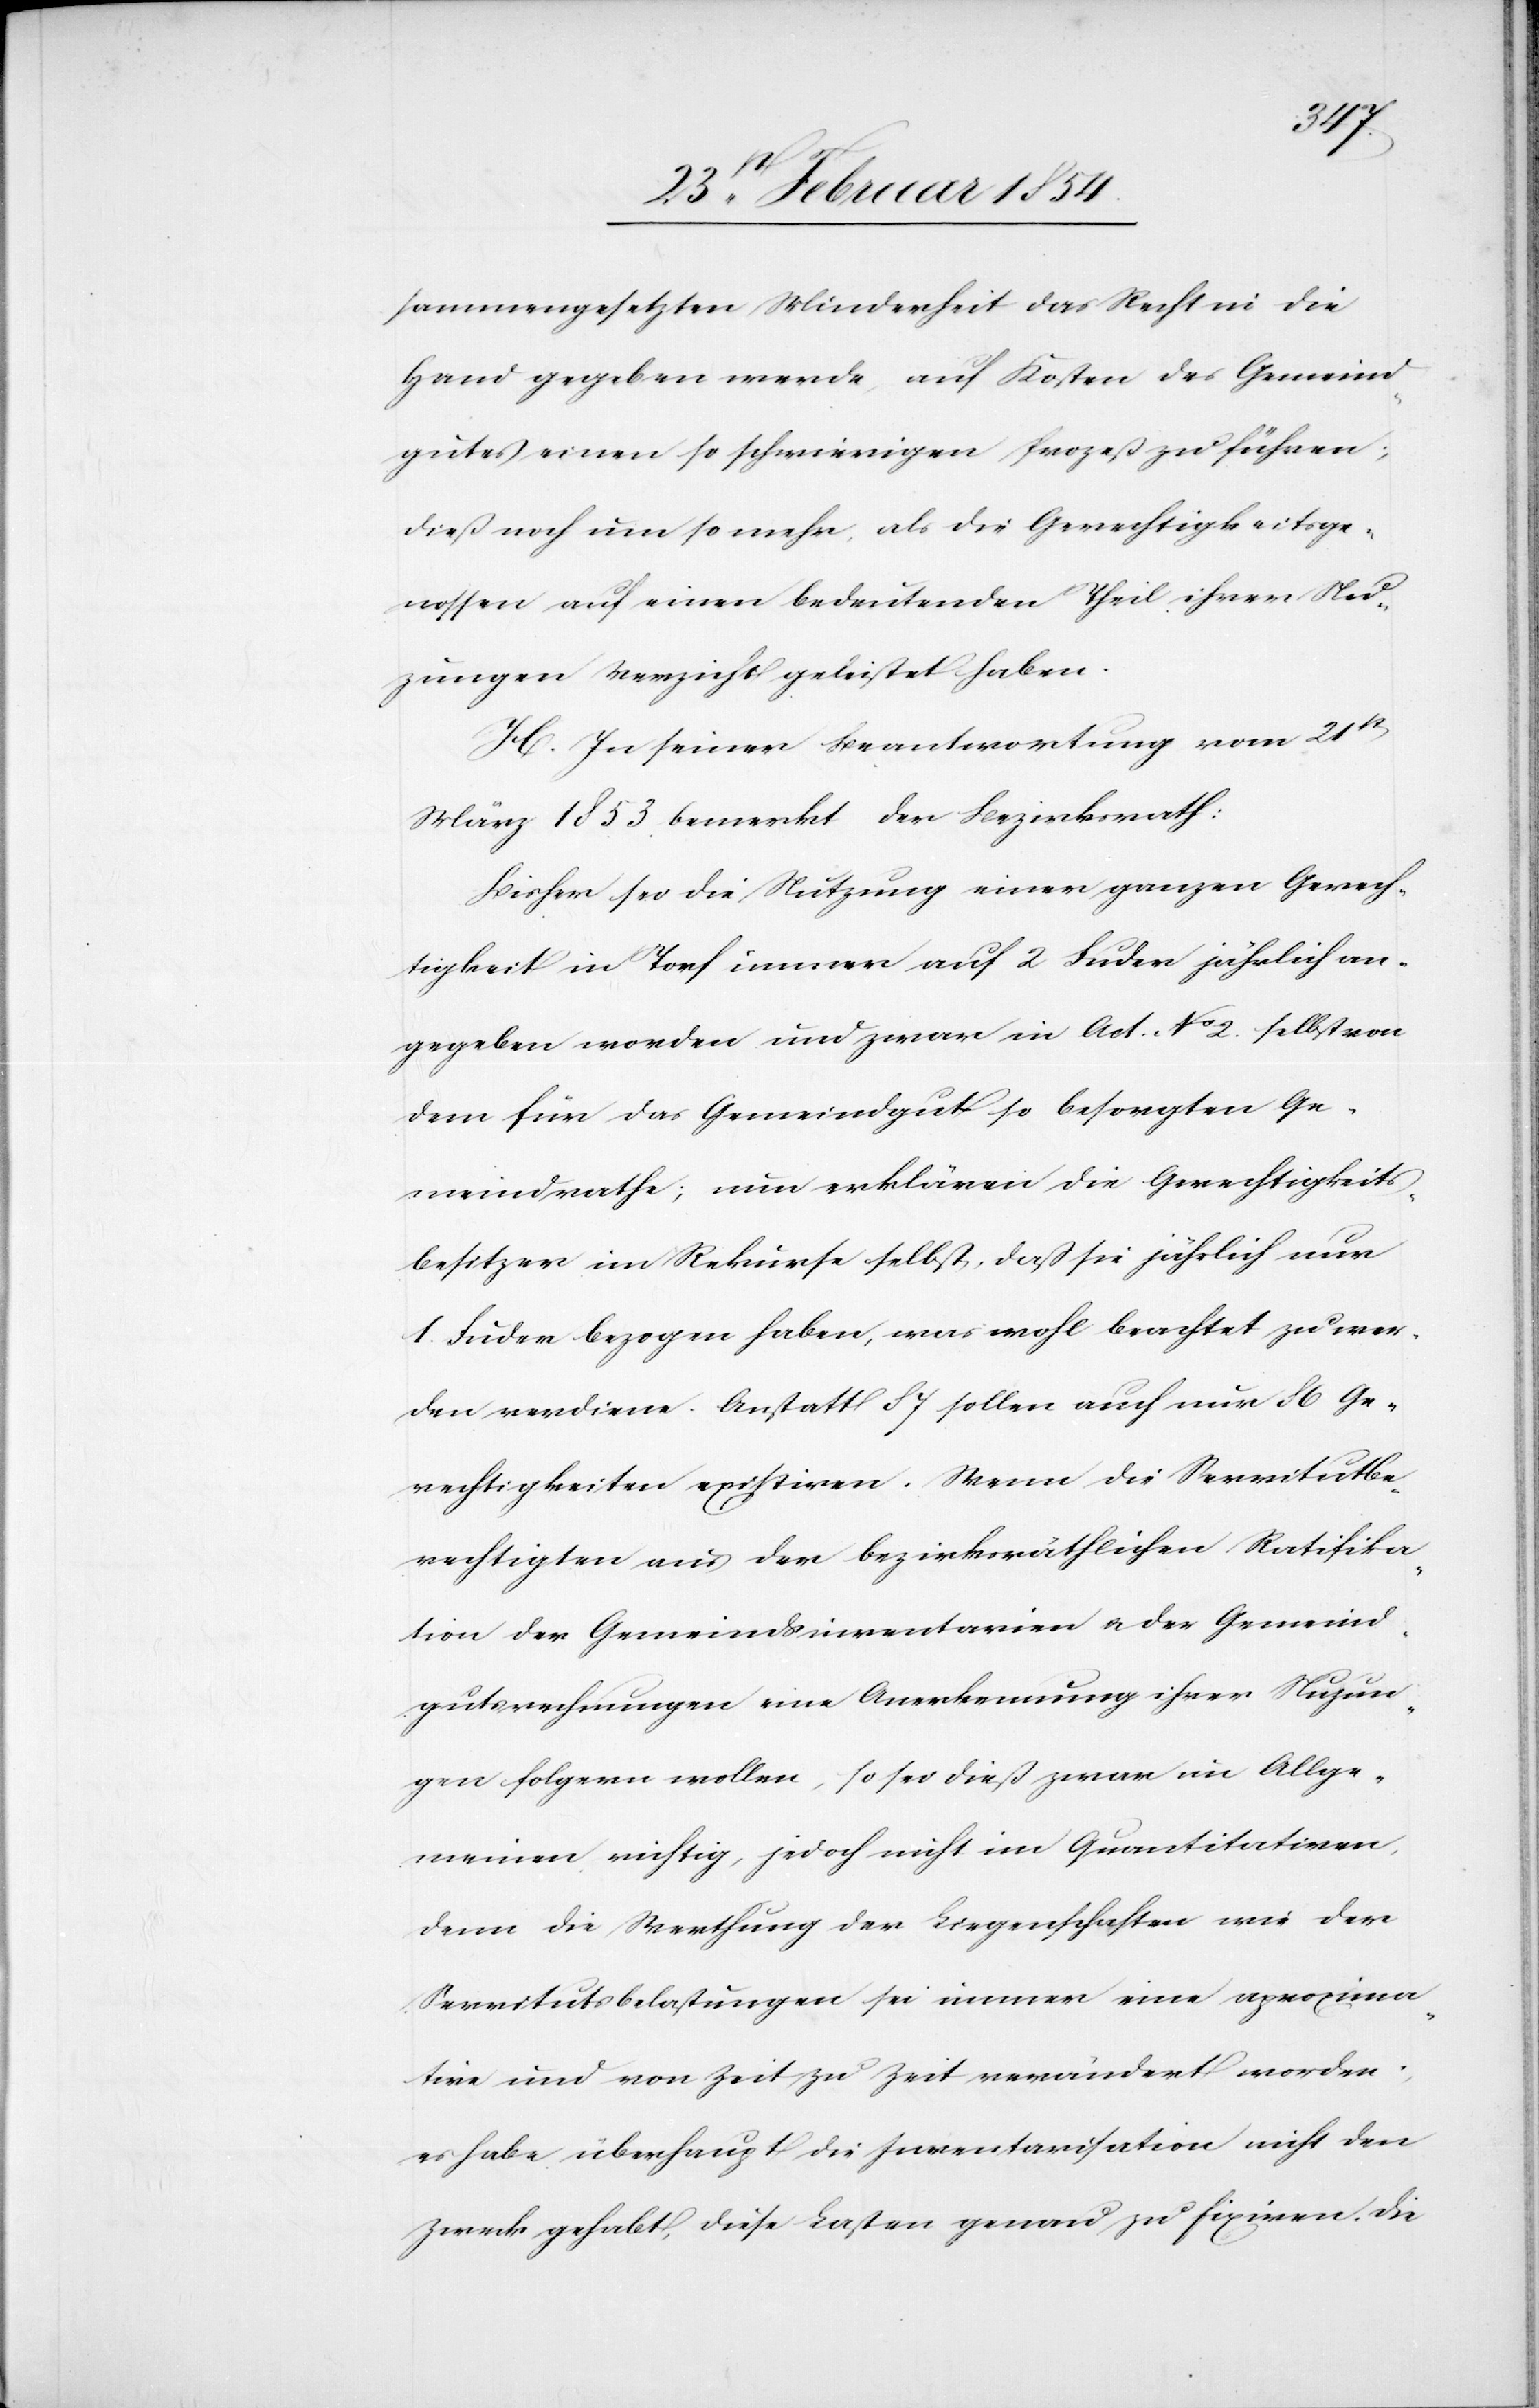
sammengesetzten Minderheit das Recht in die
Hand gegeben werde, auf die Kosten des Gemeind¬
gutes einen so schwierigen Prozeß zu führen;
dieß noch um so mehr, als die Gerechtigkeitsge¬
nossen auf einen bedeutenden Theil ihrer Nu¬
zungen Verzicht geleistet haben.
H. In seiner Beantwortung vom 21st[e¬
n]März 1853 bemerkt der Bezirksrath:
Bisher sei die Nutzung einer ganzen Gerech¬
tigkeit in Torf immer auf 2 Fuder jährlich an¬
gegeben worden und zwar in Act. No 2. selbst von
dem für das Gemeindgut so besorgten Ge¬
meindrathe; nun erklären die Gerechtigkeits¬
besitzer im Rekurse selbst, daß sie jährlich nur
1. Fuder bezogen haben, was wohl beachtet zu wer¬
den verdiene. anstatt 87 sollen auch nur 86 Ge¬
rechtigkeiten existiren. Wenn die Servitutbe¬
rechtigten aus der bezirksräthlichen Ratifika¬
tion der Gemeindsinventarien u. der Gemeind¬
gutsrechnungen eine Anerkennung ihrer Nuzun¬
gen folgern wollen, so sei dieß zwar im Allge¬
meinen richtig, jedoch nicht im Quantitativen,
denn die Werthung der Liegenschaften wie der
Servitutsbelastungen sei immer eine aproxima¬
tive und von Zeit zu Zeit verändert worden;
es habe überhaupt die Inventarisation nicht den
Zweck gehabt, diese Lasten genau zu fixiren. Die